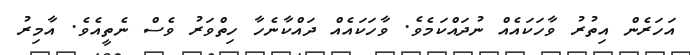
އަހަރެން އިތުރު ވާހަކައެއް ނުދައްކަމެވެ. ވާހަކައެއް ދައްކާނެހާ ހިތްވަރު ވެސް ނެތީއެވެ. އާމިރު